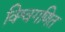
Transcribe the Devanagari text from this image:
विश्वगणित